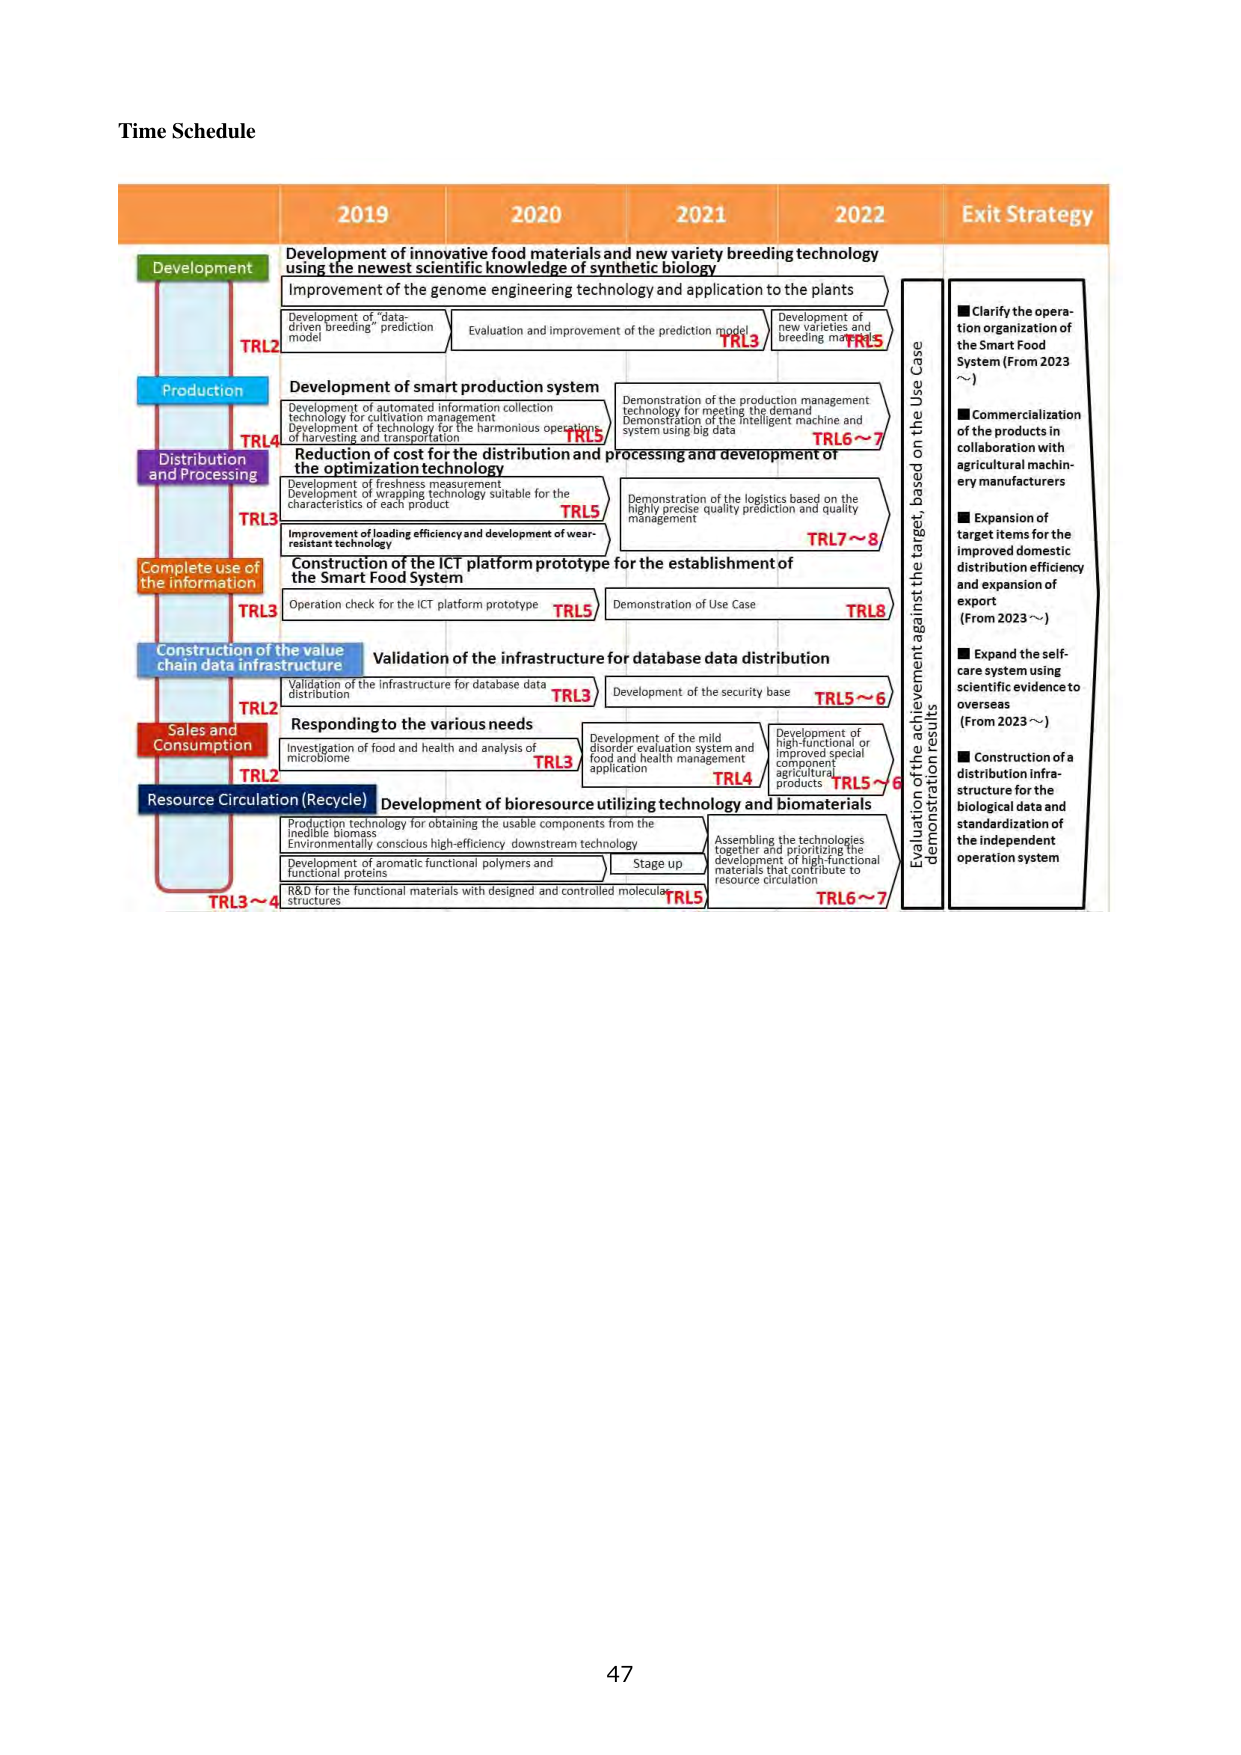
Time Schedule

2019 2020 2021 2022 Exit Strategy

Development
Development of innovative food materials and new variety breeding technology using the newest scientific knowledge of synthetic biology
Improvement of the genome engineering technology and application to the plants
Development of "data-driven breeding" prediction model
Evaluation and improvement of the prediction model TRL3
Development of new varieties and breeding materials TRL5

Production
Development of smart production system
Development of automated information collection technology for cultivation management
Development of technology for the harmonious operations of harvesting and transportation TRL5
Demonstration of the production management technology for meeting the demand
Demonstration of the intelligent machine and system using big data TRL6~7

Distribution and Processing
Reduction of cost for the distribution and processing and development of the optimization technology
Development of freshness measurement
Development of wrapping technology suitable for the characteristics of each product TRL5
Improvement of loading efficiency and development of wear-resistant technology
Demonstration of the logistics based on the highly precise quality prediction and quality management TRL7~8

Complete use of the information
Construction of the ICT platform prototype for the establishment of the Smart Food System
Operation check for the ICT platform prototype TRL5
Demonstration of Use Case TRL8

Construction of the value chain data infrastructure
Validation of the infrastructure for database data distribution
Validation of the infrastructure for database data distribution TRL3
Development of the security base TRL5~6

Sales and Consumption
Responding to the various needs
Investigation of food and health and analysis of microbiome TRL3
Development of the mild disorder evaluation system and food and health management application TRL4
Development of high-functional or improved special component agricultural products TRL5~6

Resource Circulation (Recycle)
Development of bioresource utilizing technology and biomaterials
Production technology for obtaining the usable components from the inedible biomass
Environmentally conscious high-efficiency downstream technology
Development of aromatic functional polymers and functional proteins
R&D for the functional materials with designed and controlled molecular structures TRL5
Stage up
Assembling the technologies together and prioritizing the development of high-functional materials that contribute to resource circulation TRL6~7

TRL2
TRL4
TRL3
TRL3
TRL2
TRL3~4

Evaluation of the achievement against the target, based on the Use Case demonstration results

■ Clarify the operation organization of the Smart Food System (From 2023 ~)
■ Commercialization of the products in collaboration with agricultural machinery manufacturers
■ Expansion of target items for the improved domestic distribution efficiency and expansion of export (From 2023 ~)
■ Expand the self-care system using scientific evidence to overseas (From 2023 ~)
■ Construction of a distribution infrastructure for the biological data and standardization of the independent operation system

47